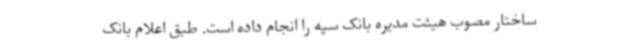
ساختار مصوب هیئت‌ مدیره بانک سپه را انجام داده است. طبق اعلام بانک